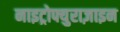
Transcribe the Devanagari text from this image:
नाइट्रोफ्युराज़ाइन